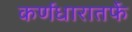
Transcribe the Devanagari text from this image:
कर्णधारातर्फे